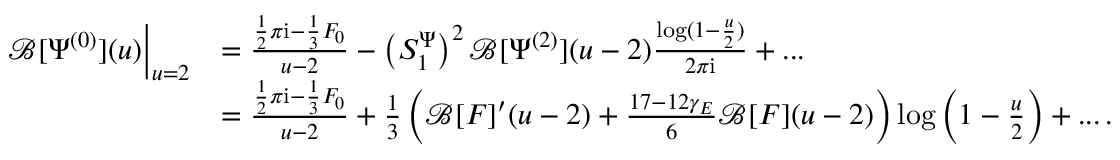
\begin{array} { r l } { \mathcal { B } [ \Psi ^ { ( 0 ) } ] ( u ) \Big | _ { u = 2 } } & { = \frac { \frac 1 2 \pi \mathrm { i } - \frac 1 3 F _ { 0 } } { u - 2 } - \left( S _ { 1 } ^ { \Psi } \right) ^ { 2 } \mathcal { B } [ \Psi ^ { ( 2 ) } ] ( u - 2 ) \frac { \log ( 1 - \frac { u } { 2 } ) } { 2 \pi \mathrm { i } } + . . . } \\ & { = \frac { \frac 1 2 \pi \mathrm { i } - \frac 1 3 F _ { 0 } } { u - 2 } + \frac { 1 } { 3 } \left( \mathcal { B } [ F ] ^ { \prime } ( u - 2 ) + \frac { 1 7 - 1 2 \gamma _ { E } } { 6 } \mathcal { B } [ F ] ( u - 2 ) \right) \log \left( 1 - \frac { u } { 2 } \right) + . . . \, . } \end{array}